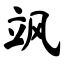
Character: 飒